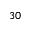
3 0